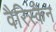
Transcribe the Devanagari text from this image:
वैरिस्कैन